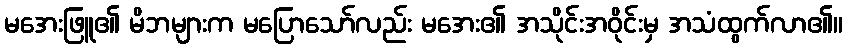
မအေးဖြူ၏ မိဘများက မပြောသော်လည်း မအေး၏ အသိုင်းအဝိုင်းမှ အသံထွက်လာ၏။